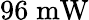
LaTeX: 96\; \mathrm{mW}